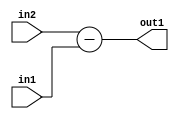
`timescale 1ps / 1ps
/*****************************************************************************
    Verilog RTL Description
    
    
    Created by: Stratus DpOpt 2019.1.01 
*******************************************************************************/

module st_weight_addr_gen_Sub_16Ux6U_17S_4_14 (
	in2,
	in1,
	out1
	); /* architecture "behavioural" */ 
input [15:0] in2;
input [5:0] in1;
output [16:0] out1;
wire [16:0] asc001;

assign asc001 = 
	+(in2)
	-(in1);

assign out1 = asc001;
endmodule

/* CADENCE  ubLzQws= : u9/ySgnWtBlWxVPRXgAZ4Og= ** DO NOT EDIT THIS LINE ******/